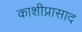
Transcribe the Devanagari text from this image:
काशीप्रासाद